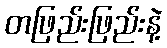
တဖြည်းဖြည်းနဲ့